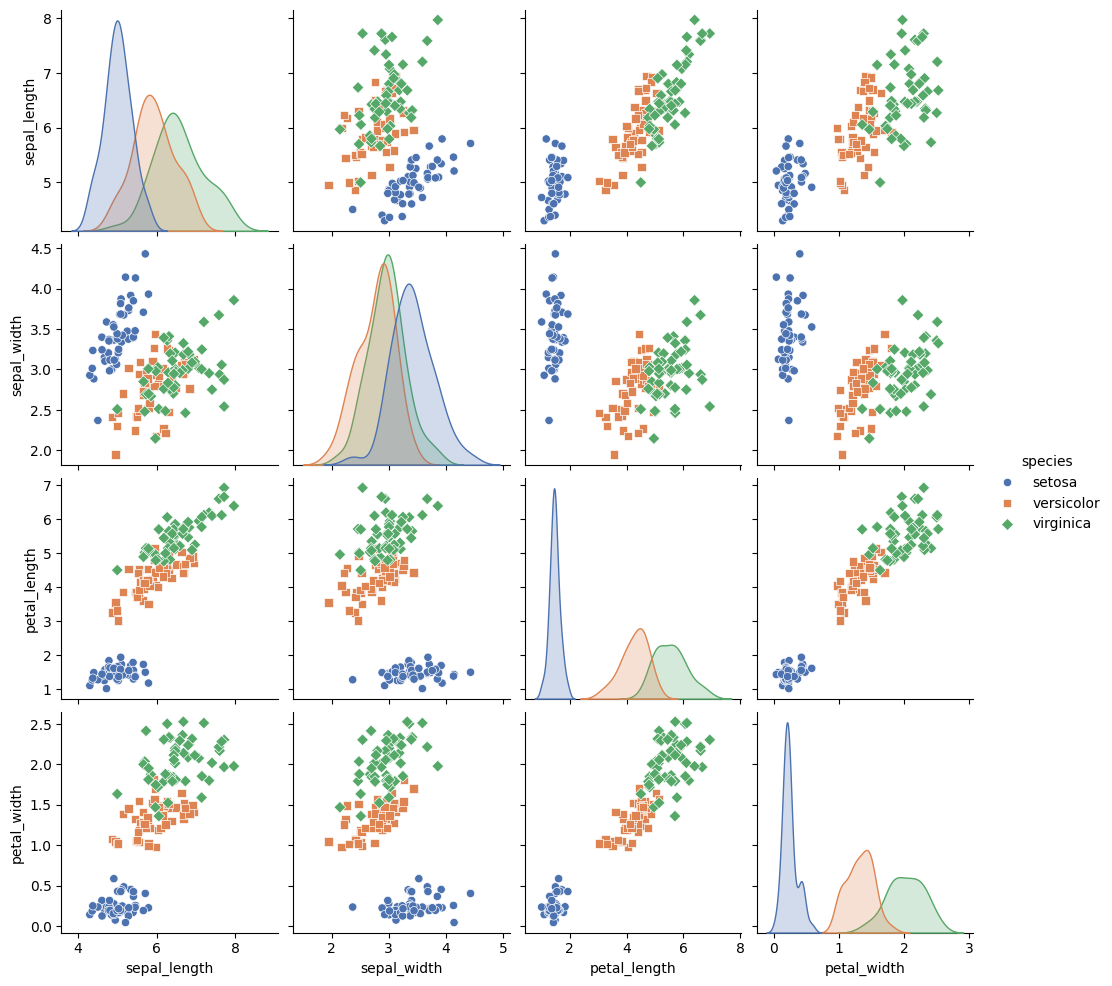
python, seaborn, pairplot, palette='deep', markers=['o', 's', 'D'], kind='scatter', diag_kind='kde'